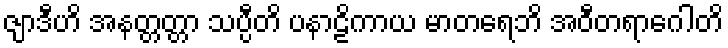
ဇျာဒီဟိ အနတ္တတ္တာ သပ္ပီတိ ပနာဠိကာယ မာတရေဘိ အဝီတရာဂေါတိ